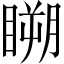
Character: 𥉮